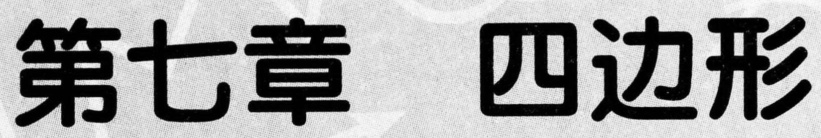
第七章  四边形